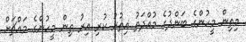
މިތިން މީހުންގެ ބަންދުގެ މުއްދަތު އިތުރު ކުރި އިރު ތިން މީހުންގެ މައްޗަށް